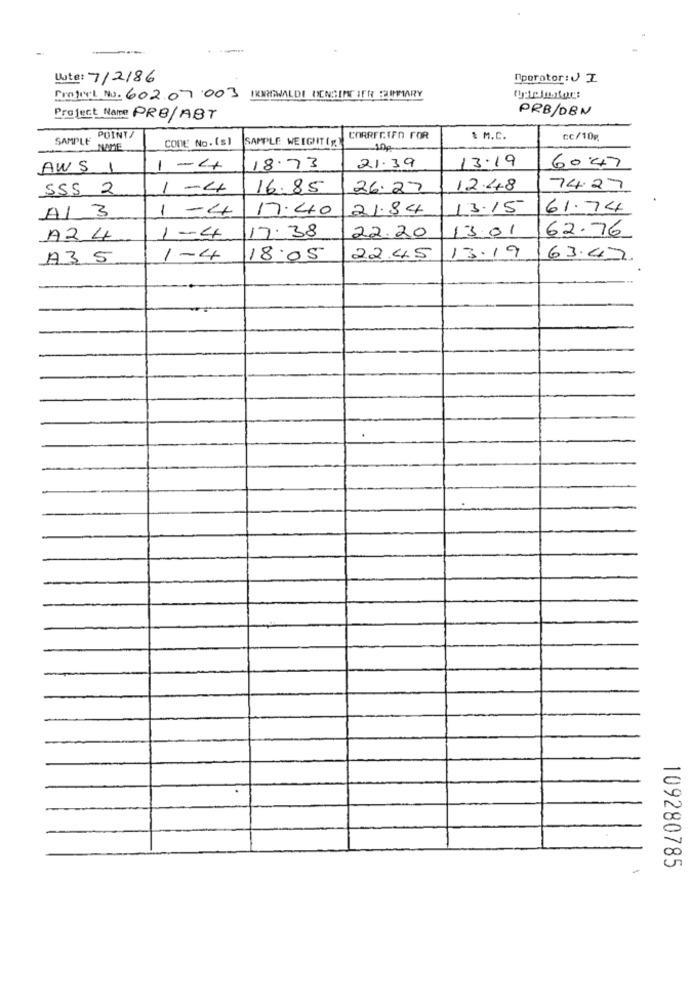
Date: 7/2/86
"porator: J Z
Project No. 60207003 IKNEWALDI DENGIRE JER SUMMARY
PRB/DBN
Project Name PRO/ABT
POINT/
CODE No.(s)
SAMPLE WEIGHT(,
CORRECTFO FOR
& M.C.
cc/10g
SAMPLE NOME
100
13.19
AWS
1-4
18.73
21.39
60.47
SSS 2
1-4
16.85
26.27
12.48
74.27
Al 3
1-4
17.40
21.84
13.15
61.74
17.38
13.01
62.76
A24
1-4
22.20
13.19
A3 5
1-4
18.05
22.45
63.47
109280785